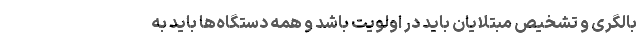
بالگری و تشخیص مبتلایان باید در اولویت باشد و همه دستگاه‌ها باید به